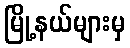
မြို့နယ်များမှ